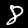
Label: 8